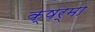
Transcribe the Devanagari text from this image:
क्षर्मा